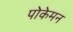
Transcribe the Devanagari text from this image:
पोकेमन